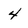
Character: 4